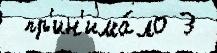
 пр'ин'има́ло 3